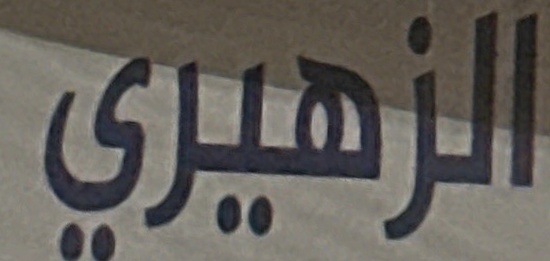
الزهيري